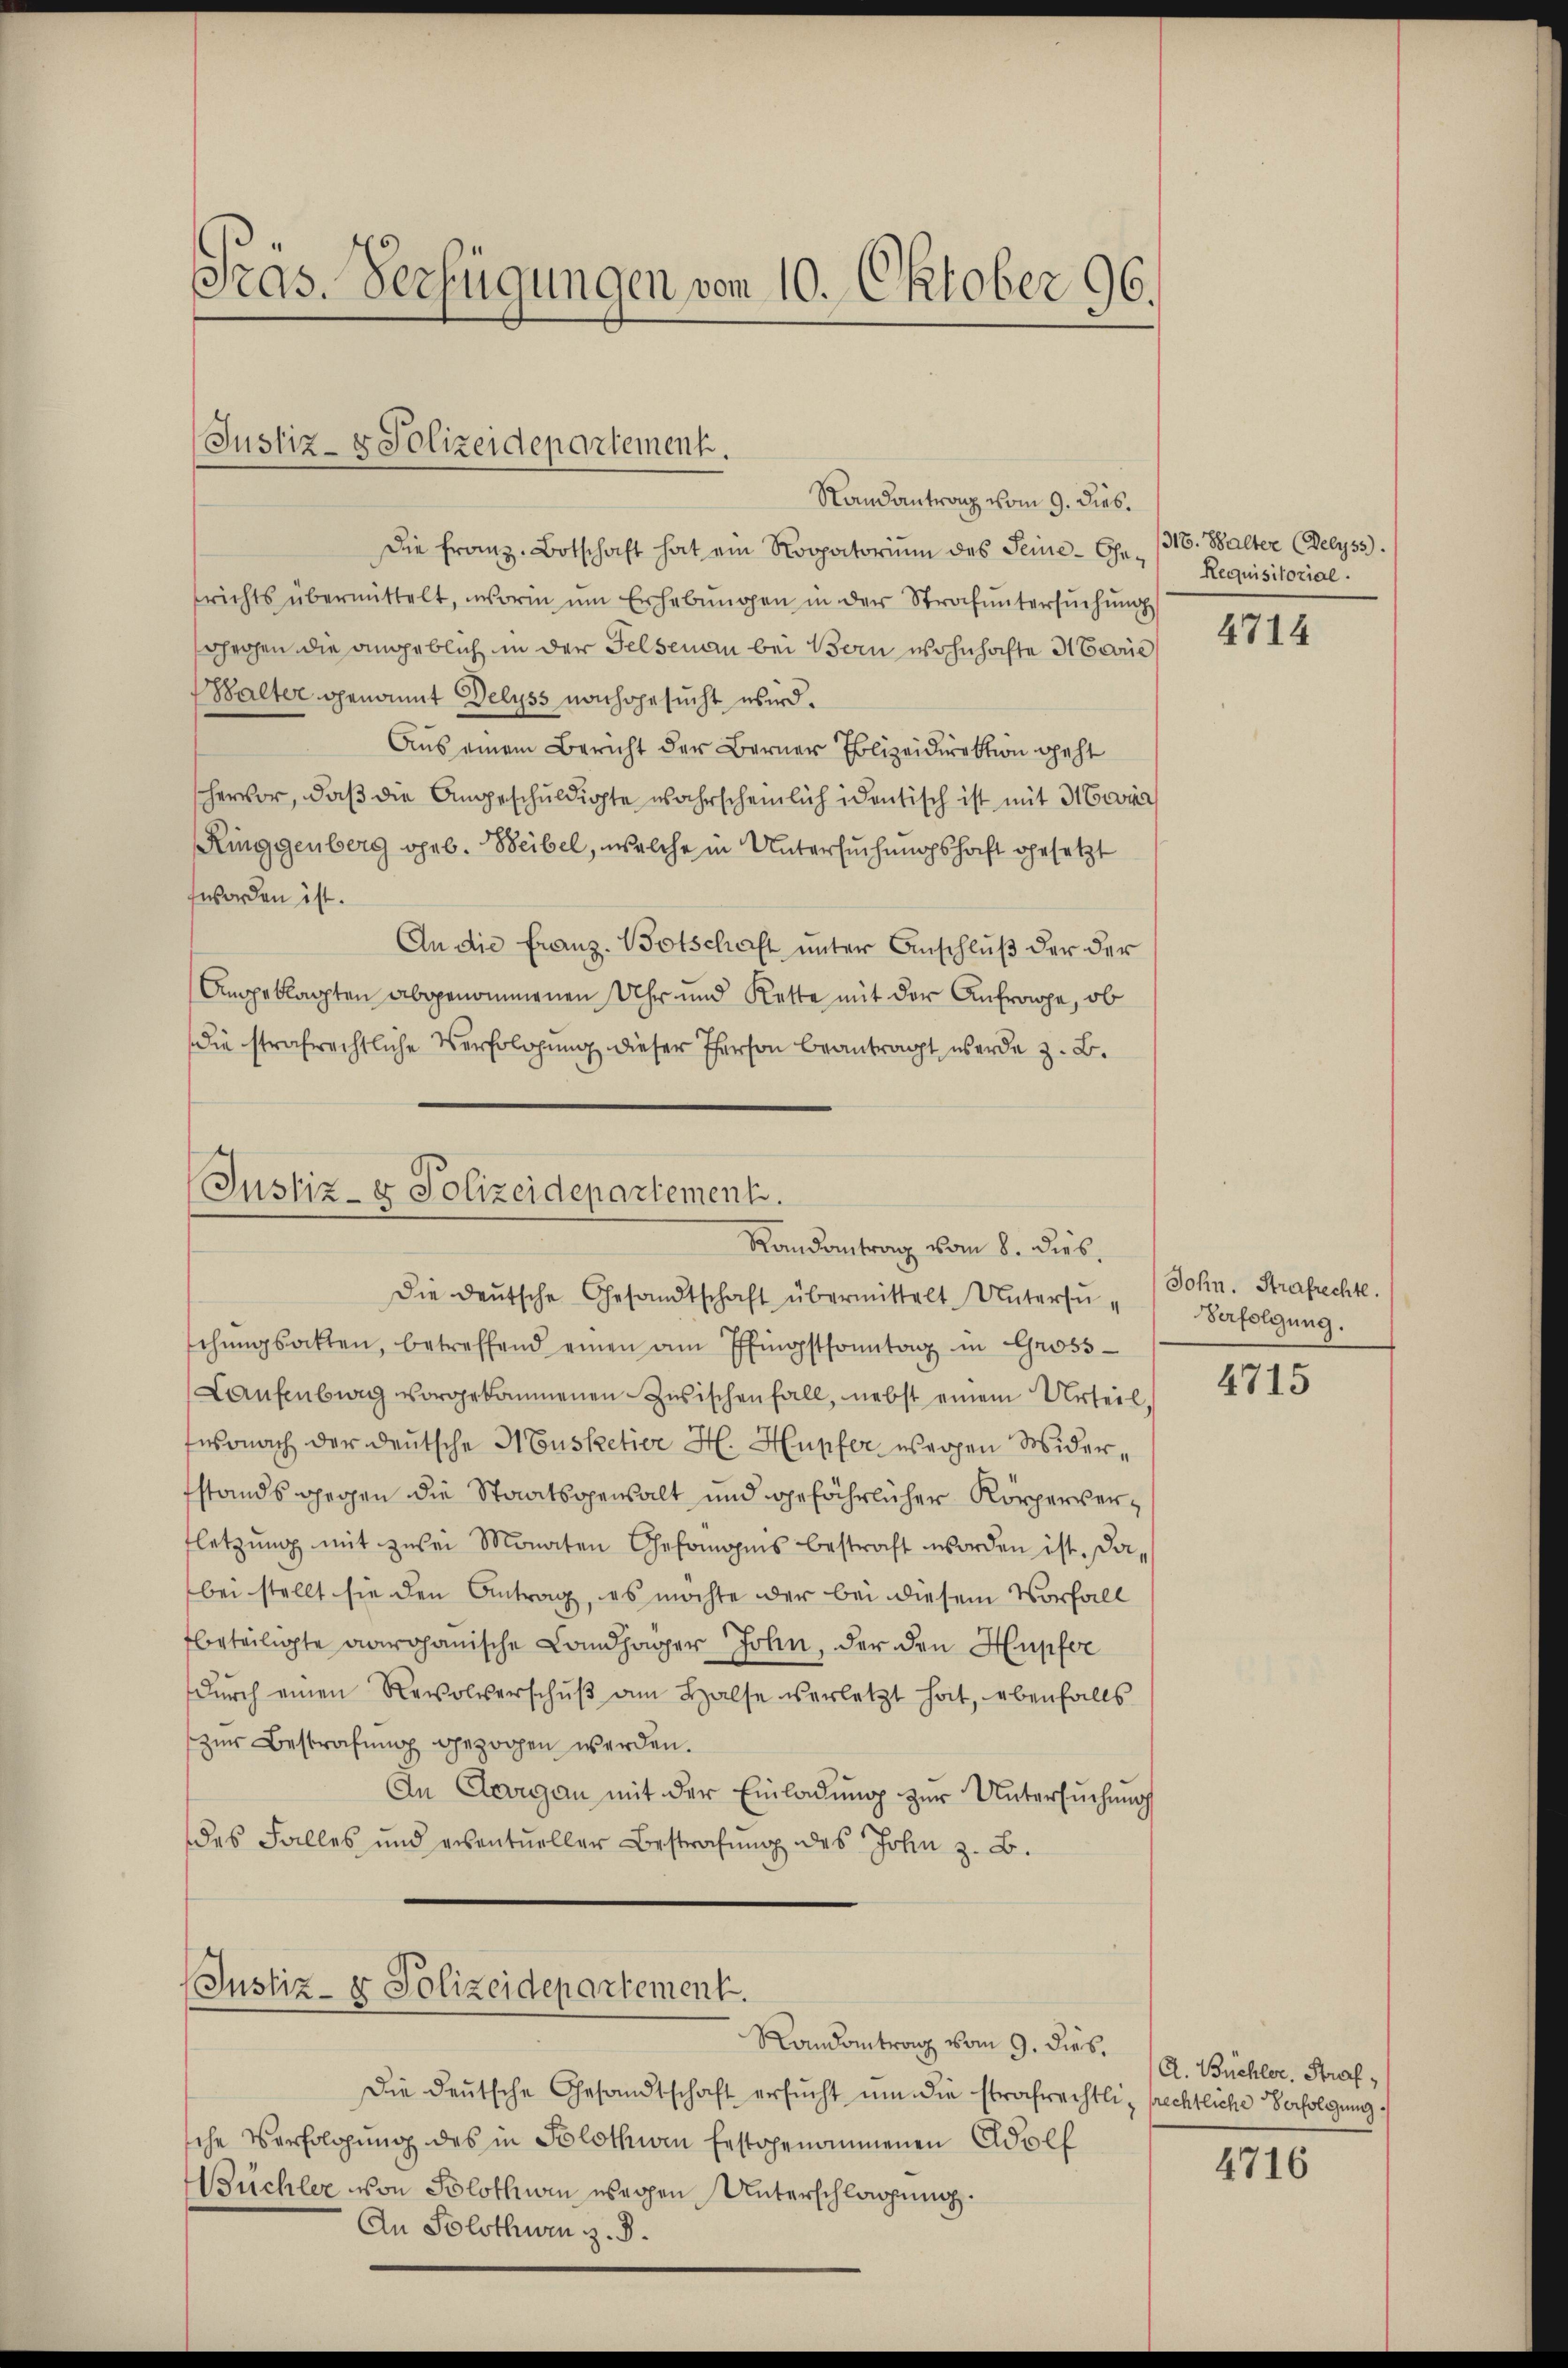
Gras. Verfügungen vom 10. Oktober 96.

Justiz- & Polizeidepartement.

Randantrag vom 9. dies.
Die Franz-Botschaft hat ein Roopatorium des Seine-Charichts übermittelt, worin ŭm Erhebŭngen in der Strafŭntersŭchŭng
gegen die angeblich in der Felsenau bei Bern wohnhachte Marie
Walter genannt Delyss nachgesucht wird.
Aus einem Bericht der Berner Polizeidirektion geht
hervor, daß die Angeschuldigte wahrscheinlich identisch ist mit Mein
Ringgenberg geb. Beibel, welche in Untersuchungshaft gesetzt
worden ist.
An die Franz. Botschaft unter Anschluß der der
Angeklagten abgenommenen Uhr und Kette mit der Anfrage, ob
die strafrechtliche Verfolgung dieser Person beantragt werde z. B.
Die deŭtsche Gesandtschaft übermittelt. Untersuschŭngsakten, betreffend einen am Pfingstsonntag in Gross-
Laufenburg vorgekommenen Zwischenfall, nebst einem Urteil,
fwonach der deutsche Musketier H. Hupfer wegen Widerstands gegen die Staatsgewalt und gefährlicher Körperverfletzŭng mit zwei Monaten Gesorgnis bestraft worden ist. Da,
bei stellt sie den Antrag, es möchte der bei diesem Vorfall
beteiligte marchanische Landhager John, der den Hupfer
dŭrch einen Revolverschŭβ am Halse verletzt hat, ebenfalls
zur Bestrafung gezogen werden.
An Aargau mit der Einladung zur Untersuchung
des Falles und eventueller Bestrafŭng des John z. B.
Justiz- & Polizeidepartement.
Randantrag vom 9. dies
Die deŭtsche Gesandtschaft ersŭcht ŭm die strafrechtli, prechtliche Verfolgung
sche Verfolgung des in Solothurn festgenommenen Adolf
Büchler von Solothwen wegen Unterschlagung.
An Solothurn z. B.

Justiz- & Polizeidepartement.
Randantrag vom 8. dies.

316. Walter (Delyss).
Requisitorial.

4714

John. Strafrechte.
Verfolgung.

4715

A. Büchler. Straf,

4716